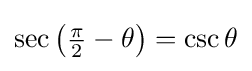
\sec \left({\tfrac {\pi }{2}}-\theta \right)=\csc \theta